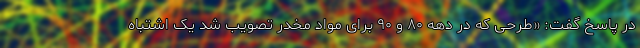
در پاسخ گفت: «طرحی که در دهه ۸۰ و ۹۰ برای مواد مخدر تصویب شد یک اشتباه